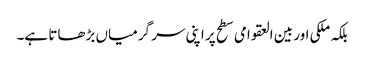
بلکہ ملکی اور بین العقوامی سطح پر اپنی سر گرمیاں بڑھاتا ہے۔